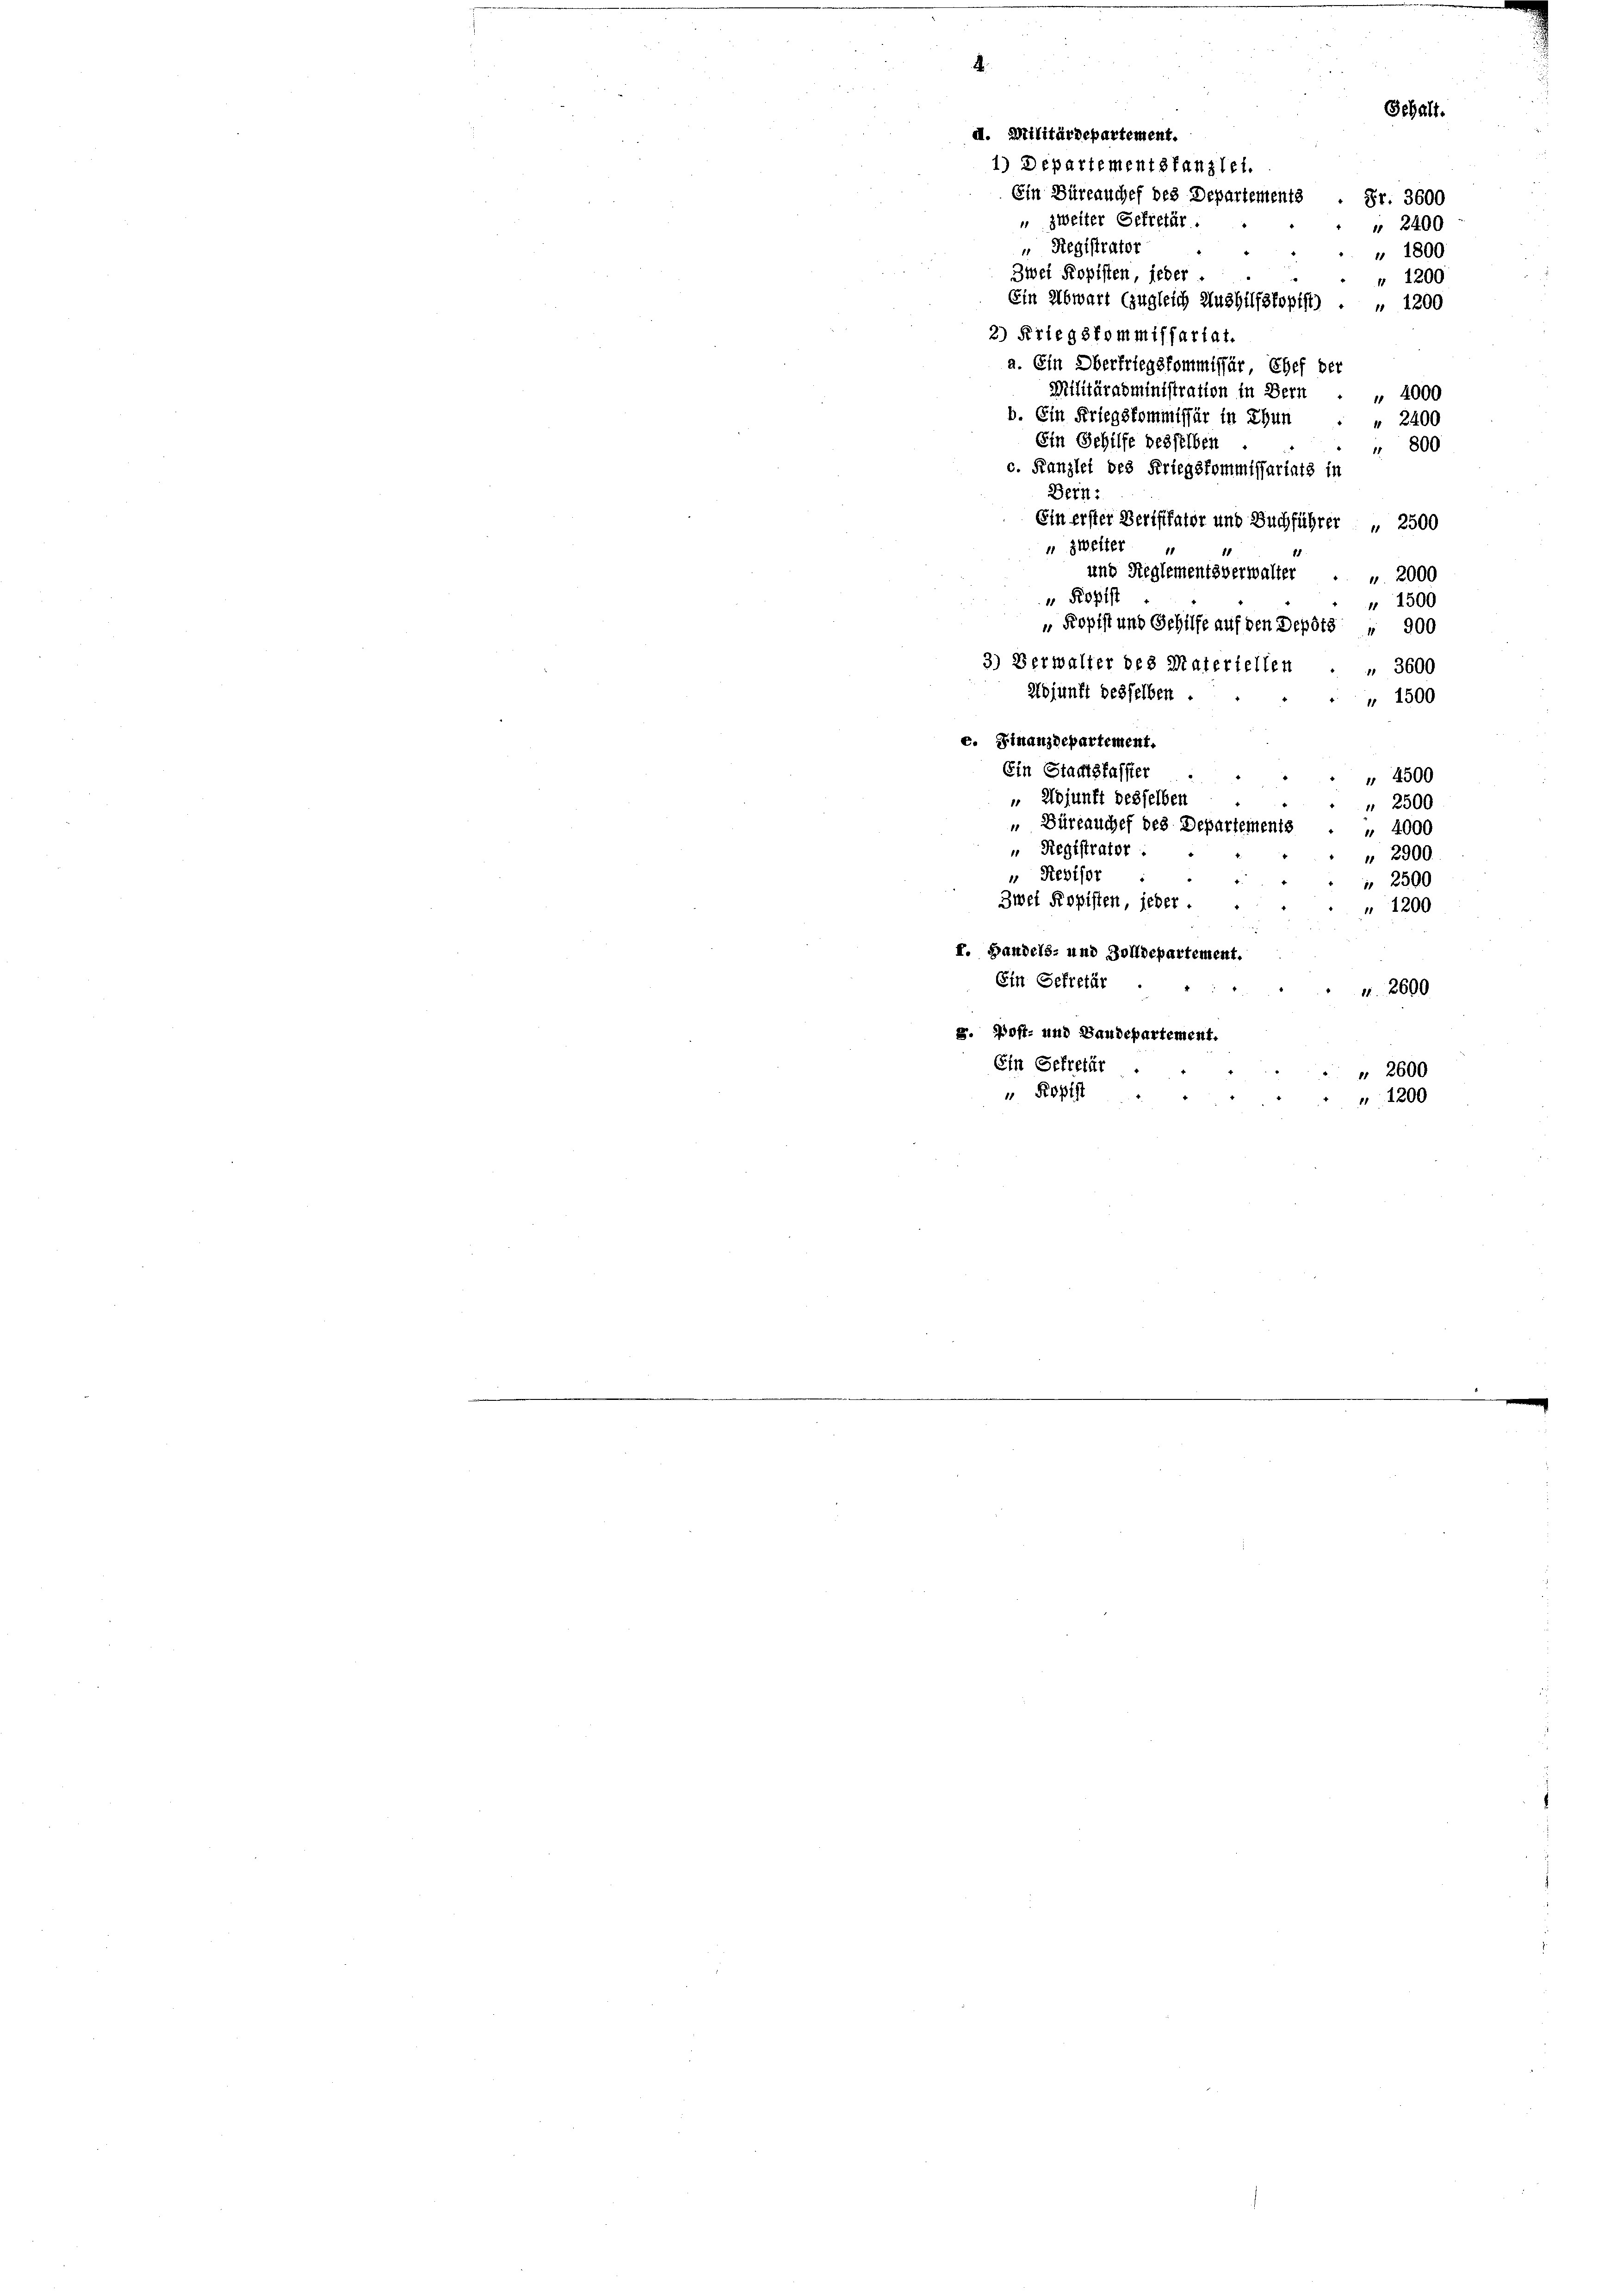
2400
" 1800
Zwei Kopisten, jeder
" 1200
Ein Abwart (zugleich Aushülfskopist) . " 1200
2) Kriegskommissariat.
a. Ein Oberfriegskommissär Chef der
Militäradministration in Bern
4000
b. Ein Kriegskommissär in Thun
" 2400
Ein Gehilfe desselben
 800
c. Franzlei des Kriegskommissariats in
Bern,
Ein erster Berifikator und Buchführer „ 2500
" zweiter
und Reglementsverwalter . u. 2000
Ropist
" 1500
 Kopist und Gehilfe auf den Depots " 900
3) Verwalter des Materiellen . . 3600
Abjunft desselben
" 1500
e. Finanzdepartement.
Ein Stadtsfasster
 4500
„ Adjunft desselben
" 2500
„Büreauchef des Departements
" 4000
" Registrator :
 2900.
" Revisor
 2500
Zwei Propisten, jeder
" 1200
f. Handels- und Zolldepartement.
Ein Sekretär
1. 2600
g. Post- und Baudepartement.
Ein Sekretär .
" 2600
" Ropist
" 1200

A
" Registrator

a. Militärdepartement.
1) Departementstanzlei.
Ein Büreauches des Departements . Fr. 3600
" zweiter Sekretär.

Gehalt.